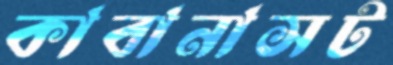
কাবানাসট